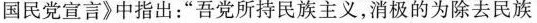
国民党宣言》中指出：“吾党所持民族主义，消极的为除去民族